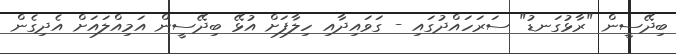
ބިދޭސީން "ރާޅުގަނޑު" ސަރަހައްދުގައި - ގަވައިދާއި ހިލާފަށް އުޅޭ ބިދޭސީން އަމިއްލައަށް އެދިގެން